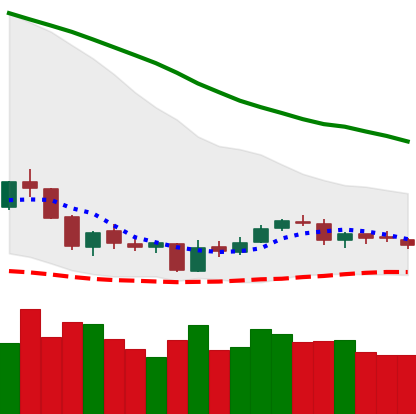
Ticker: NEO-USD
Chart end date: 2018-06-08
Forward return: -27.45%
Label: down_7plus